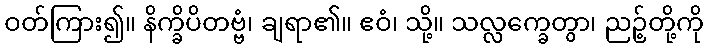
ဝတ်ကြား၍။ နိက္ခိပိတဗ္ဗံ၊ ချရာ၏။ ဧဝံ၊ သို့။ သလ္လက္ခေတွာ၊ ညဉ့်တို့ကို